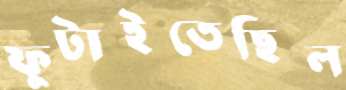
ফুটাইতেছিল